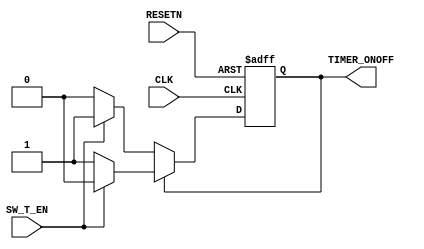
module TIMER_ONOFF(RESETN,CLK,TIMER_ONOFF,SW_T_EN);

input RESETN,CLK,SW_T_EN;
output TIMER_ONOFF;
reg TIMER_ONOFF;

parameter ON =1 , OFF = 0;


always @(negedge RESETN or posedge CLK)
begin
	if(RESETN==1'b0)
		begin
			TIMER_ONOFF = OFF;
		end
		
	else
		begin
			if(TIMER_ONOFF == OFF)
				begin
					if(SW_T_EN == 1)
						begin
							TIMER_ONOFF = ON;
	
						end
					else
						TIMER_ONOFF = OFF;
				end
			else 
				begin
					if(SW_T_EN == 1)
						TIMER_ONOFF = OFF;
					else
						TIMER_ONOFF = ON;
				end

		end
end

endmodule